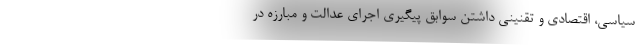
سیاسی، اقتصادی و تقنینی داشتن سوابق پیگیری اجرای عدالت و مبارزه در